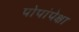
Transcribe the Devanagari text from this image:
पोपांपेक्षा